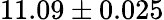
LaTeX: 11.09\pm 0.025